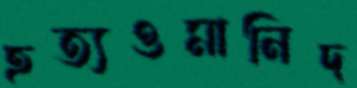
হত্যওমানিদ